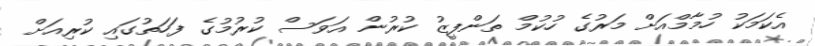
އެކަމަކު ހުމާމްއަށް މަރުގެ ހުކުމް ތަންފީޒު ކުރުން އަވަސް ކުރުމުގެ ފަހަތުގައި ކުރިއަށް